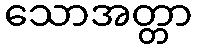
သောအတ္တာ